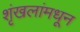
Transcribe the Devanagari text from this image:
शृंखलांमधून